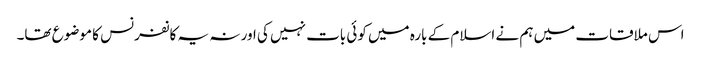
اس ملاقات میں ہم نے اسلام کے بارہ میں کوئی بات نہیں کی اور نہ یہ کانفرنس کا موضوع تھا۔